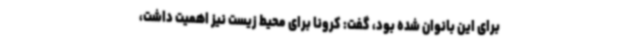
برای این بانوان شده بود، گفت: کرونا برای محیط زیست نیز اهمیت داشت،